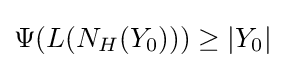
\Psi (L(N_{H}(Y_{0})))\geq |Y_{0}|